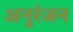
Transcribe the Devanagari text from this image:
अनुरंजन